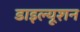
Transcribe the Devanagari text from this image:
डाइल्यूशन